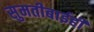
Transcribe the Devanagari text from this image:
सुमतीबाईही